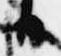
日